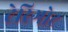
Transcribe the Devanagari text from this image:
टेरिगोट